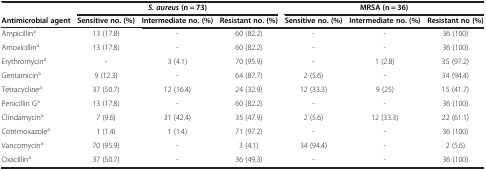
<table><thead><tr><td><b> </b></td><td colspan="3"><b><i>S. aureus </i>(n = 73)</b></td><td colspan="3"><b>MRSA (n = 36)</b></td></tr><tr><td><b>Antimicrobial agent</b></td><td><b>Sensitive no. (%)</b></td><td><b>Intermediate no. (%)</b></td><td><b>Resistant no. (%)</b></td><td><b>Sensitive no. (%)</b></td><td><b>Intermediate no. (%)</b></td><td><b>Resistant no (%)</b></td></tr></thead><tbody><tr><td>Ampicillin<sup>a</sup></td><td>13 (17.8)</td><td>-</td><td>60 (82.2)</td><td>-</td><td>-</td><td>36 (100)</td></tr><tr><td>Amoxicillin<sup>a</sup></td><td>13 (17.8)</td><td>-</td><td>60 (82.2)</td><td>-</td><td>-</td><td>36 (100)</td></tr><tr><td>Erythromycin<sup>a</sup></td><td>-</td><td>3 (4.1)</td><td>70 (95.9)</td><td>-</td><td>1 (2.8)</td><td>35 (97.2)</td></tr><tr><td>Gentamicin<sup>a</sup></td><td>9 (12.3)</td><td>-</td><td>64 (87.7)</td><td>2 (5.6)</td><td>-</td><td>34 (94.4)</td></tr><tr><td>Tetracycline<sup>a</sup></td><td>37 (50.7)</td><td>12 (16.4)</td><td>24 (32.9)</td><td>12 (33.3)</td><td>9 (25)</td><td>15 (41.7)</td></tr><tr><td>Penicillin G<sup>a</sup></td><td>13 (17.8)</td><td>-</td><td>60 (82.2)</td><td>-</td><td>-</td><td>36 (100)</td></tr><tr><td>Clindamycin<sup>a</sup></td><td>7 (9.6)</td><td>31 (42.4)</td><td>35 (47.9)</td><td>2 (5.6)</td><td>12 (33.3)</td><td>22 (61.1)</td></tr><tr><td>Cotrimoxazole<sup>a</sup></td><td>1 (1.4)</td><td>1 (1.4)</td><td>71 (97.2)</td><td>-</td><td>-</td><td>36 (100)</td></tr><tr><td>Vancomycin<sup>a</sup></td><td>70 (95.9)</td><td>-</td><td>3 (4.1)</td><td>34 (94.4)</td><td>-</td><td>2 (5.6)</td></tr><tr><td>Oxacillin<sup>a</sup></td><td>37 (50.7)</td><td>-</td><td>36 (49.3)</td><td>-</td><td>-</td><td>36 (100)</td></tr></tbody></table>